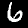
Digit: 6